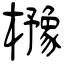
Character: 櫲